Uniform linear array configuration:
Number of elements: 32
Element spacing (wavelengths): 0.5
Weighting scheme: cosine
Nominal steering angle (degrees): -30
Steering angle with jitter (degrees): -29.425
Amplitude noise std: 0.05
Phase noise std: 0.05

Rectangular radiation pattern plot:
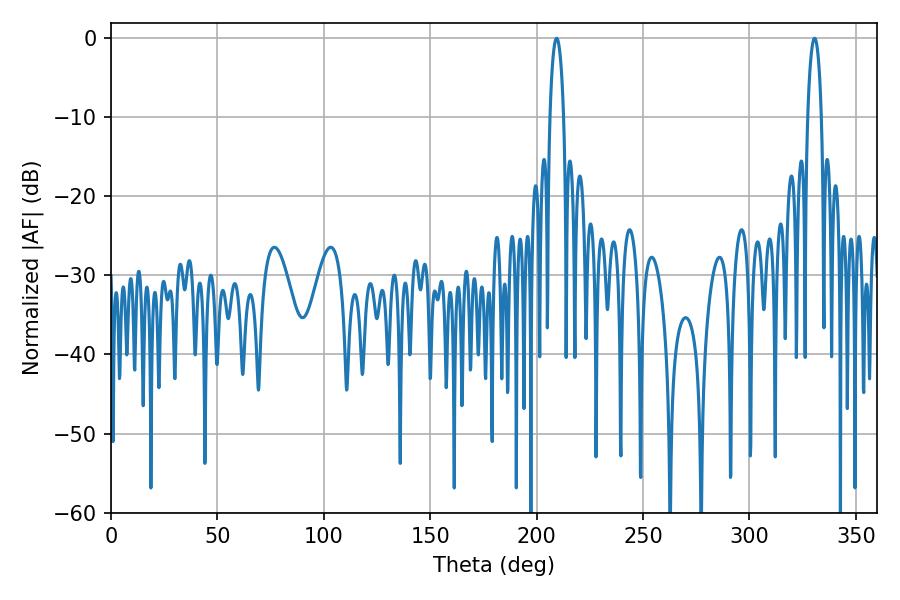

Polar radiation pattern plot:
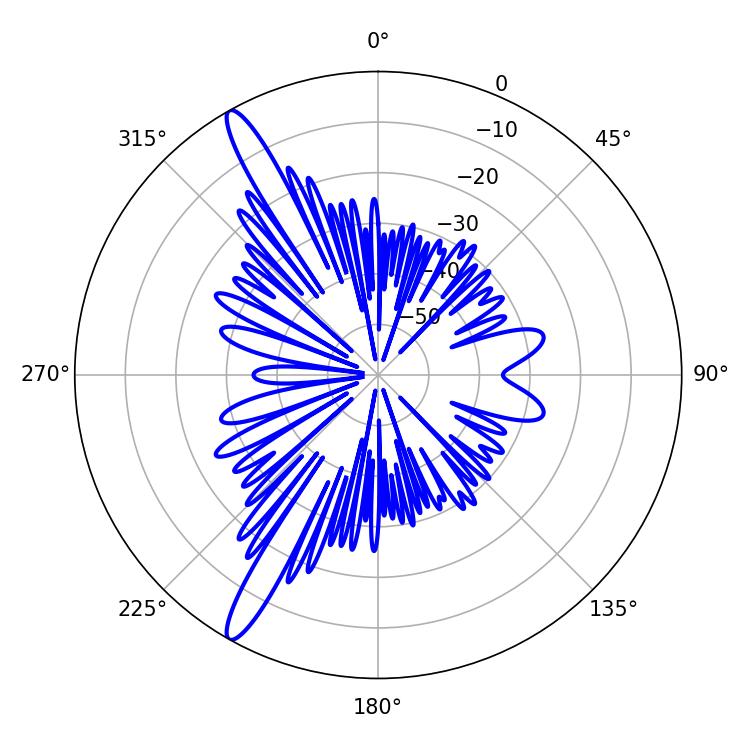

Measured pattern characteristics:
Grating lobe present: FALSE
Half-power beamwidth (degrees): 3.6
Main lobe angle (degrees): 209.34